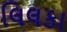
લિલકા